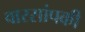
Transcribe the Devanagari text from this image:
वारसांपकी